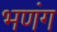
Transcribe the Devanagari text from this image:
भणंग